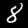
Digit: 8